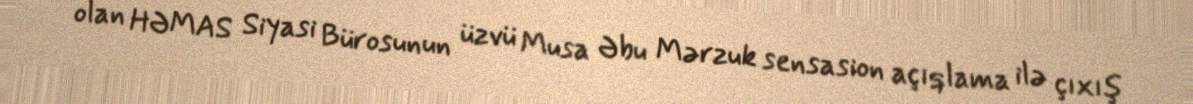
olan HƏMAS Siyasi Bürosunun üzvü Musa Əbu Mərzuk sensasion açıqlama ilə çıxış